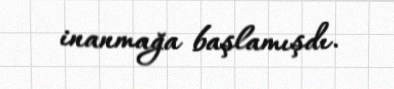
inanmağa başlamışdı.